Leaving Certificate Examination, 1919
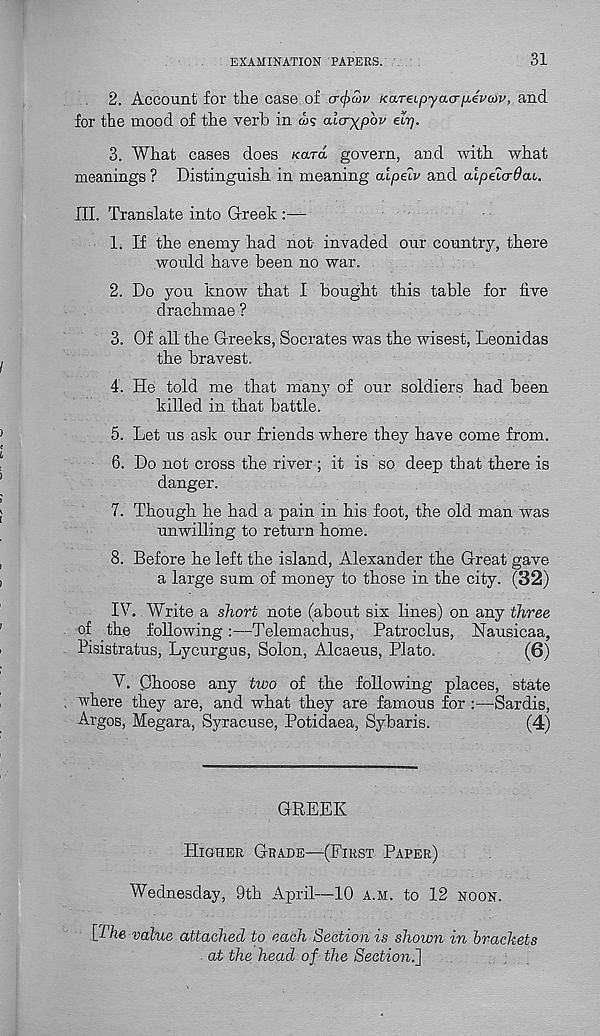
EXAMINATION PAPERS.
31
2. Account for the case of cr(f)£)v KaTeipyacruevcov, and
for the mood of the verb in ws cda^pbv elp.
3. What cases does /caret govern, and with what
meanings ? Distinguish in meaning alpelv and aipelcrdai.
III. Translate into Greek :—
1. If the enemy had not invaded our country, there
would have been no war.
2. Do you know that I bought this table for five
drachmae ?
3. Of all the Greeks, Socrates was the wisest, Leonidas
the bravest.
4. He told me that many of our soldiers had been
killed in that battle.
5. Let us ask our friends where they have come from.
6. Do not cross the river ; it is so deep that there is
danger.
7. Though he had a pain in his foot, the old man was
unwilling to return home.
8. Before he left the island, Alexander the Great gave
a large sum of money to those in the city. (32)
IT. Write a short note (about six lines) on any three
of the following:—Telemachus, Patroclus, Nausicaa,
Pisistratus, Lycurgus, Solon, Alcaeus, Plato.
(6)
V. Choose any two of the following places, state
where they are, and what they are famous for :—Sardis,
Argos, Megara, Syracuse, Potidaea, Sybaris.
(4)
GREEK
Higher Grade—(First Paper)
Wednesday, 9th April—10 a.m. to 12 noon.
[The value attached to each Section is shown in brackets
at the head of the Section."]
;